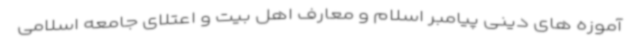
آموزه های دینی پیامبر اسلام و معارف اهل بیت و اعتلای جامعه اسلامی